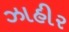
ઝાહીર